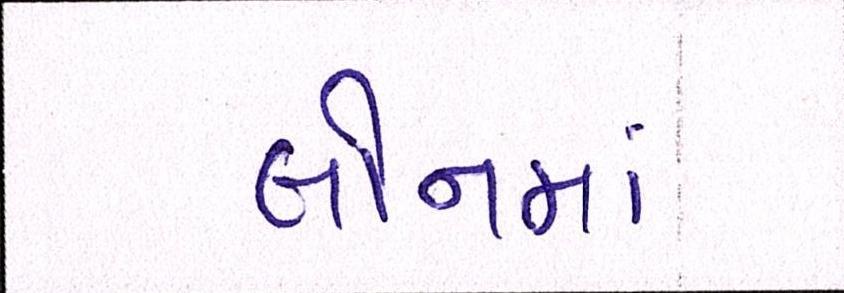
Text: લોનમાં